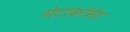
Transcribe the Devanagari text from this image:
मेटाकॉमेट